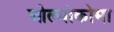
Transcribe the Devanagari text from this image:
ओल्योकोमा